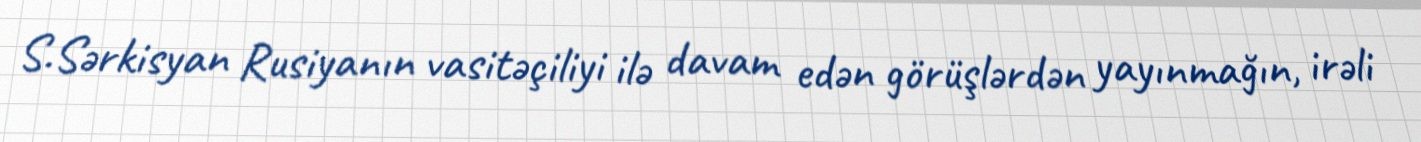
S.Sərkisyan Rusiyanın vasitəçiliyi ilə davam edən görüşlərdən yayınmağın, irəli